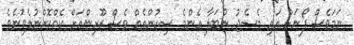
ނަމަވެސް ފޯނަށް އައި މެސެޖު ނުބަލާ އެންމެ ސިކުންތެއް ވެސް ޒޫރިންއަށް ކެތްކޮށްނުލެވުނެވެ.